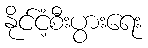
နိုင်ငံ့စီးပွားရေး